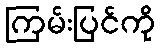
ကြမ်းပြင်ကို